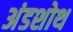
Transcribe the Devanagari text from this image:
अंडशोथ